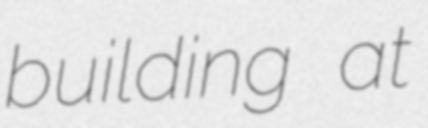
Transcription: building at